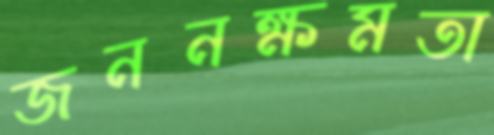
জননক্ষমতা